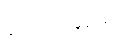
ဒွါဒသာကာရံ